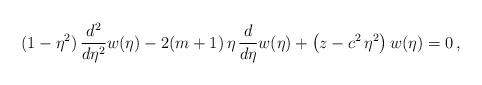
LaTeX: \begin{align*}(1-\eta^2)\,\frac{d^2}{d\eta^2}w(\eta)-2(m+1)\,\eta\,\frac{d}{d\eta}w(\eta) +\left(z-c^2\,\eta^2\right)w(\eta)=0\,, \end{align*}